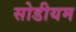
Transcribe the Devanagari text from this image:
सोडीयम